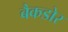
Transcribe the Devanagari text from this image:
बैकडोर